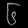
Digit: ၆